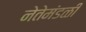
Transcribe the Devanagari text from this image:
नेतेमंडळी